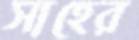
সাহের